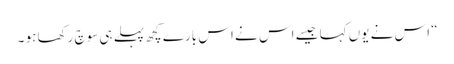
“ اس نے یوں کہا جیسے اس نے اس بارے کچھ پہلے ہی سوچ رکھا ہو ۔